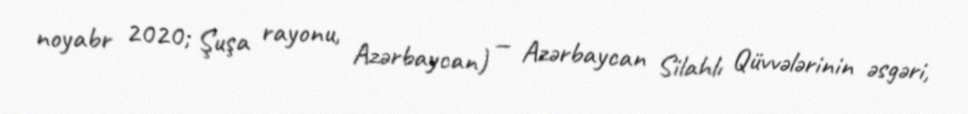
noyabr 2020; Şuşa rayonu, Azərbaycan) — Azərbaycan Silahlı Qüvvələrinin əsgəri,